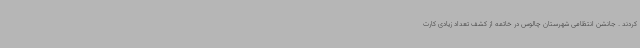
کردند . جانشن انتظامی شهرستان چالوس در خاتمه از کشف تعداد زیادی کارت